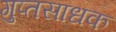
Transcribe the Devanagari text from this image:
गुप्तसाधक